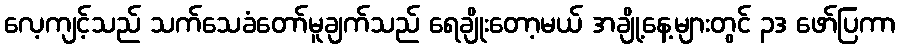
လေ့ကျင့်သည် သက်သေခံတော်မူချက်သည် ရေချိုးတော့မယ် အချို့နေ့များတွင် ၃ဒ ဖော်ပြကာ